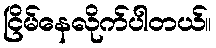
ငြိမ်နေလိုက်ပါတယ်။